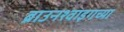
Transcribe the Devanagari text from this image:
ब्राउनश्वाइगच्या